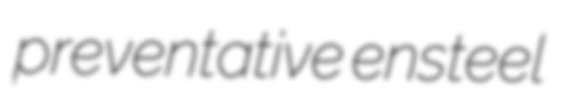
preventative ensteel